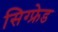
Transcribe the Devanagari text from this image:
सिग्फ्रेड